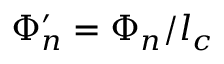
\Phi _ { n } ^ { \prime } = \Phi _ { n } / l _ { c }